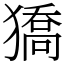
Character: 獢